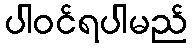
ပါဝင်ရပါမည်